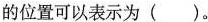
的位置可以表示为()。